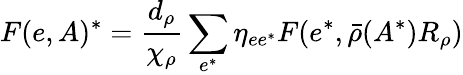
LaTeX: F(e,A)^{*}=\frac{d_{\rho}}{\chi_{\rho}}\sum_{e^{*}}\eta_{ee^{*}}F(e^{*},\bar{\rho}(A^{*})R_{\rho})